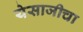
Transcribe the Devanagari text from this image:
येसाजीचा